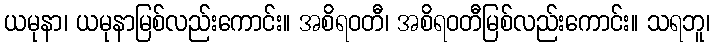
ယမုနာ၊ ယမုနာမြစ်လည်းကောင်း။ အစိရဝတီ၊ အစိရဝတီမြစ်လည်းကောင်း။ သရဘူ၊